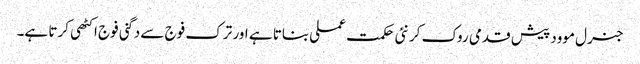
جنرل موود پیش قدمی روک کر نئی حکمت عملی بناتا ہے اور ترک فوج سے دگنی فوج اکٹھی کرتا ہے۔